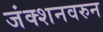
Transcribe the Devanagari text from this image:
जंक्शनवरुन